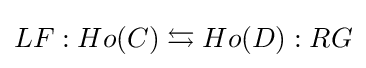
LF:Ho(C)\leftrightarrows Ho(D):RG